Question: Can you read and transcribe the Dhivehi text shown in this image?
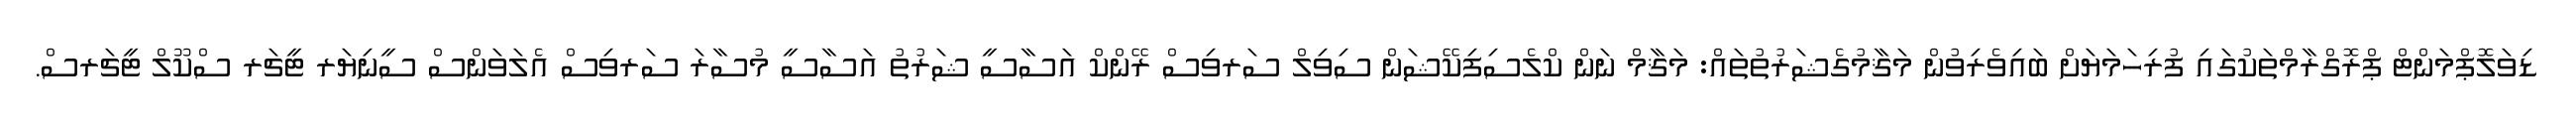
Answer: ޑިވަލޮޕްމަންޓް ޕްރޮގްރާމްތަކުގައި ފުރިހަމަޔަށް ބައިވެރިވުން މަޤާމުގެޝަރުތުތައް: މަޤާމް ނަން ކްލެސިފިކޭޝަން ސިވިލް ސަރވިސް ރޭންކް އަސާސީ ޝަރުތު އަސާސީ މުސާރަ ސަރވިސް އެލަވަންސް ސީނިޔަރ ޓީޗަރ ސްކޫލް ޓީޗަރސް.